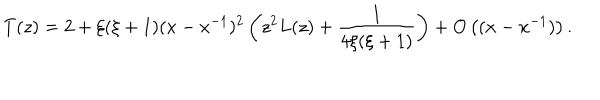
T ( z ) = 2 + \xi ( \xi + 1 ) ( x - x ^ { - 1 } ) ^ { 2 } \left( z ^ { 2 } L ( z ) + { \frac { 1 } { 4 \xi ( \xi + 1 ) } } \right) + O \left( ( x - x ^ { - 1 } ) \right) .